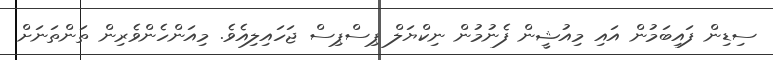
ސިޑިން ފައިބަމުން އައި މިއުޝީން ފެނުމުން ނިކްޔަލް ޕިސްޕިސް ޖަހައިލިއެވެ. މިއަންހެންވެރިން ތަންތަނަށް